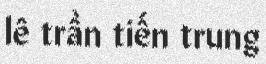
lê trần tiến trung